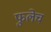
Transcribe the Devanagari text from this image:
फुलेच